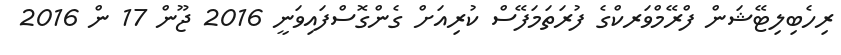
ރިހެބިލިޓޭޝަން ފްރޭމްވަރކްގެ ފުރަތަމަފޭސް ކުރިއަށް ގެންގޮސްފައިވަނީ 2016 ޖޫން 17 ން 2016